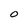
Character: O